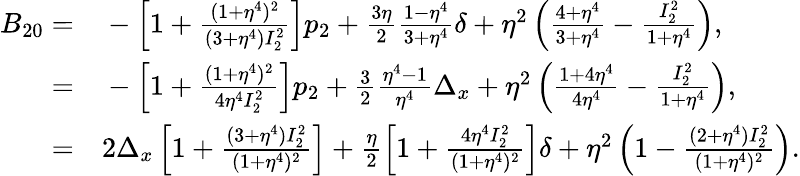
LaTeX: \begin{array}{rl}{B_{20}=}&{{}-\left[1+\frac{(1+\eta^{4})^{2}}{(3+\eta^{4})I_{2}^{2}}\right]p_{2}+\frac{3\eta}{2}\frac{1-\eta^{4}}{3+\eta^{4}}\delta+\eta^{2}\left(\frac{4+\eta^{4}}{3+\eta^{4}}-\frac{I_{2}^{2}}{1+\eta^{4}}\right),}\\ {=}&{{}-\left[1+\frac{(1+\eta^{4})^{2}}{4\eta^{4}I_{2}^{2}}\right]p_{2}+\frac{3}{2}\frac{\eta^{4}-1}{\eta^{4}}\Delta_{x}+\eta^{2}\left(\frac{1+4\eta^{4}}{4\eta^{4}}-\frac{I_{2}^{2}}{1+\eta^{4}}\right),}\\ {=}&{{}2\Delta_{x}\left[1+\frac{(3+\eta^{4})I_{2}^{2}}{(1+\eta^{4})^{2}}\right]+\frac{\eta}{2}\left[1+\frac{4\eta^{4}I_{2}^{2}}{(1+\eta^{4})^{2}}\right]\delta+\eta^{2}\left(1-\frac{(2+\eta^{4})I_{2}^{2}}{(1+\eta^{4})^{2}}\right).}\end{array}